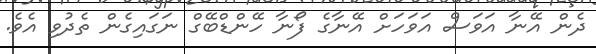
ދެން އޭނާ އަވަސް އަވަހަށް އޭނާގެ ފޯނާ ހޭންޑްބޭގް ނަގައިގެން ތެދުވި އެވެ.